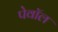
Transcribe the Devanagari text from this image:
पेवॉल